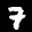
Label: 7